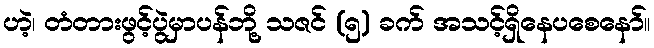
ဟဲ့၊ တံတားဖွင့်ပွဲမှာပန်ဘို့ သဇင် (၅) ခက် အသင့်ရှိနေပစေနော်။